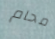
محام